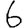
Digit: 6